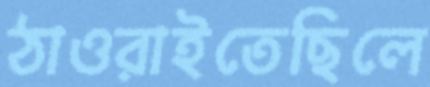
ঠাওরাইতেছিলে